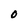
Character: O